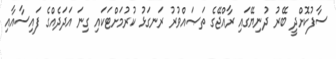
ސާފުކޮށްދީ ބޭރު ދުނިޔޭގައި ރާއްޖޭގެ ތަޞައްވުރު ރަނގަޅު ކުރުމަށްޓަކައި ގިނަ އަދަދެއްގެ ފައިސާއާއި